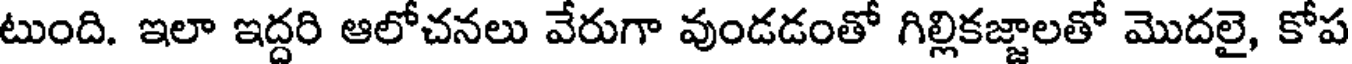
టుంది. ఇలా ఇద్దరి ఆలోచనలు వేరుగా వుండడంతో గిల్లికజ్జాలతో మొదలై, కోప